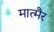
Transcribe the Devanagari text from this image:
मात्मैर